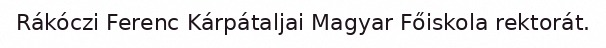
Rákóczi Ferenc Kárpátaljai Magyar Főiskola rektorát.